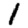
Digit: 1